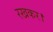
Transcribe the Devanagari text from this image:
रखकर।